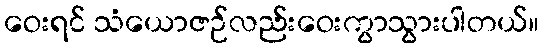
ဝေးရင် သံယောဇဉ်လည်းဝေးကွာသွားပါတယ်။